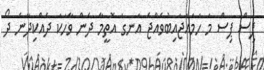
ޕިސް ޕިސް މަ ހަމައަޖައިބުވެއްޖެ އަނގަ އޮތީމާ ދެން ވާހަކަ ދެއްކިދާނެ ދޯ